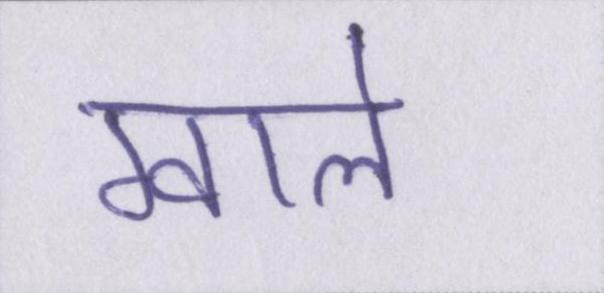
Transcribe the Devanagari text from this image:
ग्वाले